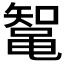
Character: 𱌄